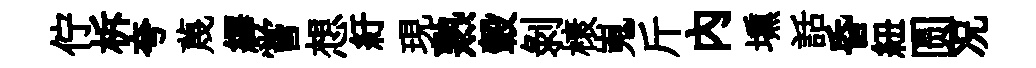
佇柝夸蔑繹嘗想紆現熟轂剥榱嵬斤內壎話昏紐圆况